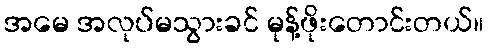
အမေ အလုပ်မသွားခင် မုန့်ဖိုးတောင်းတယ်။